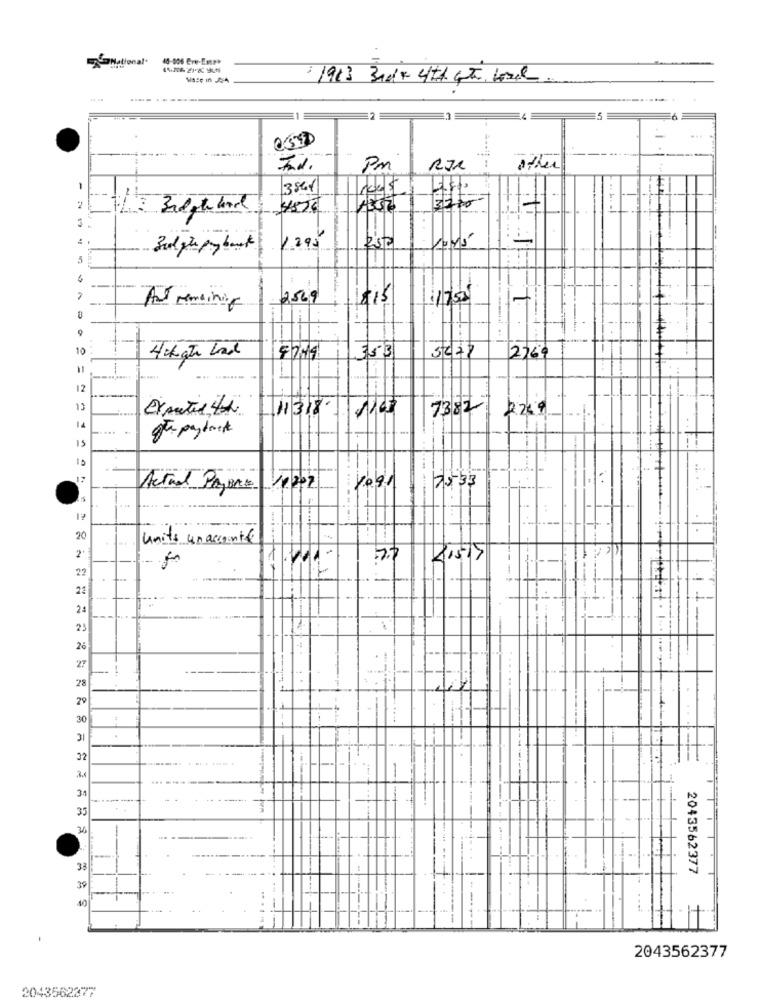
National
40-006 Ere-Entry
1913 Brokk 4th GT Lael
-
Pm
RJR
other
1
---
. .
2
4856
37.00-
Sulphe payback
1.295
250
5
-
2
11/750
And remaining
9
10
5277
353
2364
12
13
Expected 4th
1318
7382
14
The payback
15
Actual Payers
11/202
2533
11
------
20
units un accounted
2'
7.7
8.517
22
22
24
25
26
27
28
29
30
1 --
31
32
31
- -
35
33
2043562377
39
40
. .
I .It
2043562377
2043562277